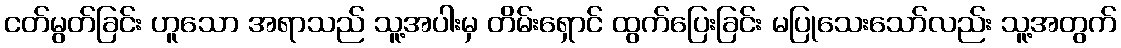
ငတ်မွတ်ခြင်း ဟူသော အရာသည် သူ့အပါးမှ တိမ်းရှောင် ထွက်ပြေးခြင်း မပြုသေးသော်လည်း သူ့အတွက်